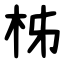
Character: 柹